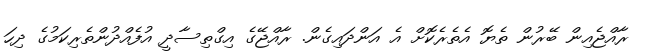
ރާއްޖެއިން ބޭރުން ތެޔޮ އެތެރެކޮށް އެ އަންދައިގެން. ރާއްޖޭގެ އިގްތިސާދީ އުފެއްދުންތެރިކަމުގެ ދިހަ